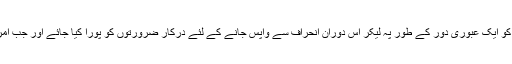
صلح امام حسن رضی اللہ عنہ کا سیاق و سباق یہ بتاتا ہے کہ آپ نے یہ کوشش کی تھی کہ اس وقتی انحراف کو ایک عبوری دور کے طور پہ لیکر اس دوران انحراف سے واپس جانے کے لئے درکار ضرورتوں کو پورا کیا جائے اور جب امر خلافت و حکومت کا قضیہ واپس آئے تو خیر کے ںظام کو پوری طرح سے قائم کرنے کی سعی کی جائے۔